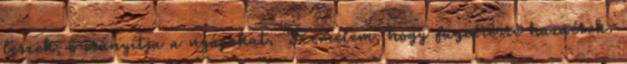
leszek, ő irányítja a nyájakat. Remélem, hogy fügeérésre hazaérek.